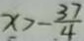
x > - \frac { 3 7 } { 4 }